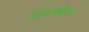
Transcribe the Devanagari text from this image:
स्नात्कोतर